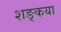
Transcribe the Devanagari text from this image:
शङ्कया